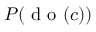
P ( \mathrm { ~ d ~ o ~ } ( c ) )